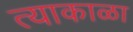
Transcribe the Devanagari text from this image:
त्याकाळा